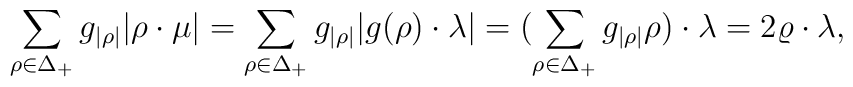
\sum_{\rho\in\Delta_+}{g_{|\rho|}}   |\rho\cdot\mu| =\sum_{\rho\in\Delta_+}{g_{|\rho|}}   |g(\rho)\cdot\lambda|=(\sum_{\rho\in\Delta_+}{g_{|\rho|}}   \rho)\cdot\lambda=2\varrho\cdot\lambda,